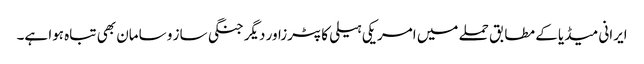
ایرانی میڈیا کے مطابق حملے میں امریکی ہیلی کاپٹرزاور دیگر جنگی ساز و سامان بھی تباہ ہوا ہے۔